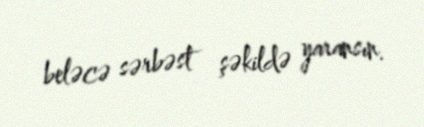
beləcə sərbəst şəkildə yaransın.